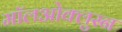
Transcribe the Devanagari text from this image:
मॉलओक्लुस्न